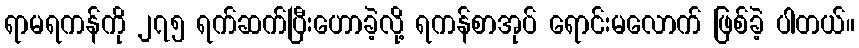
ရာမရကန်ကို ၂၇၅ ရက်ဆက်ပြီးဟောခဲ့လို့ ရကန်စာအုပ် ရောင်းမလောက် ဖြစ်ခဲ့ ပါတယ်။